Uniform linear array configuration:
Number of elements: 8
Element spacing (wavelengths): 1
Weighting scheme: cosine
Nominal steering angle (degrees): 15
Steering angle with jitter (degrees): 15.075
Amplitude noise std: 0.05
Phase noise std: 0.05

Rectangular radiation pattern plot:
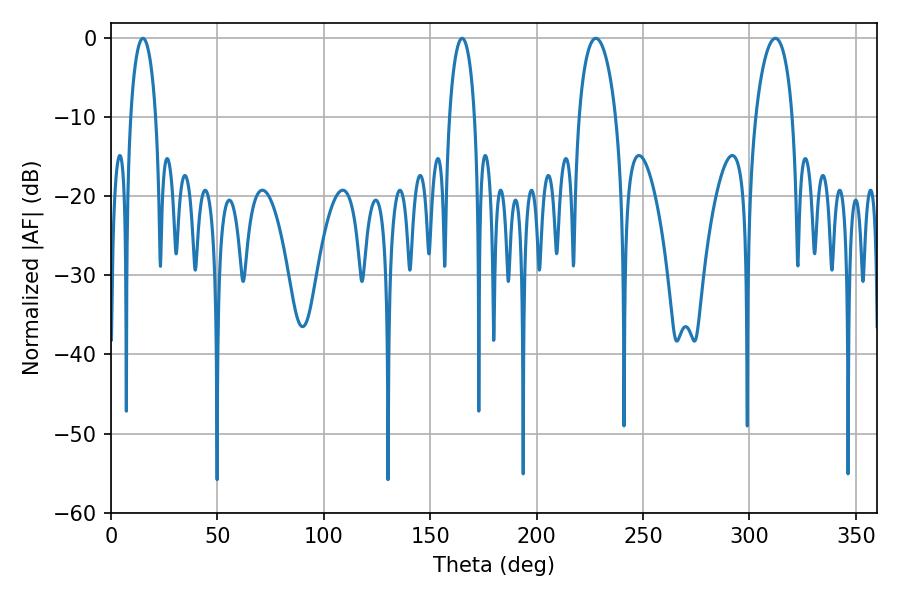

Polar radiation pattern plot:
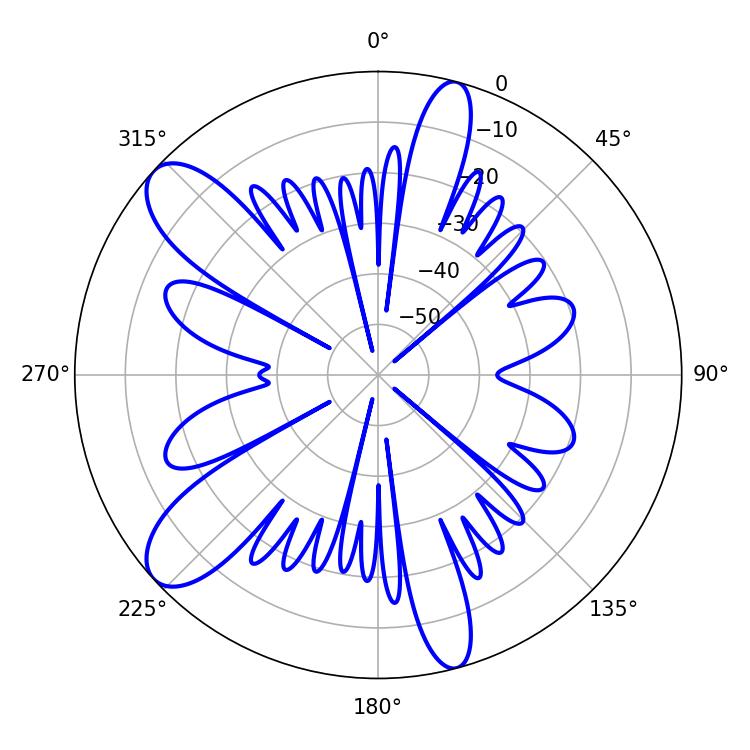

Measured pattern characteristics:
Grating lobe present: TRUE
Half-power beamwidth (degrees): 9.72
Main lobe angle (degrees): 227.88